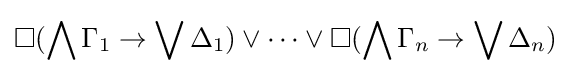
\Box (\bigwedge \Gamma _{1}\rightarrow \bigvee \Delta _{1})\lor \dots \lor \Box (\bigwedge \Gamma _{n}\rightarrow \bigvee \Delta _{n})